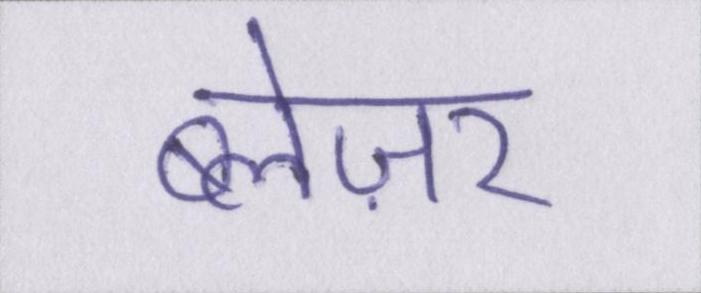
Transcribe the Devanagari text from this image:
ब्लेज़र